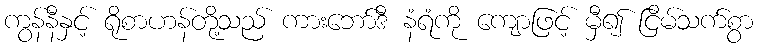
ကွန်နီနှင့် ရိုစာဟန်တို့သည် ကားဘော်ဒီ နံရံကို ကျောဖြင့် မှီ၍ ငြိမ်သက်စွာ